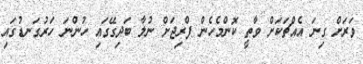
ވަރަށް ގިނަ އެއްޗަކަށް ވާތީ ކޮންމެހެން ފްރިޖަށް ނުލާ ބަދިގޭގައި ހުންނަ ހަރުގަނޑުގައި